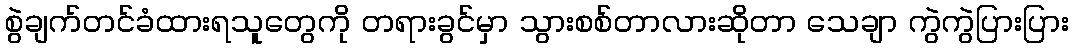
စွဲချက်တင်ခံထားရသူတွေကို တရားခွင်မှာ သွားစစ်တာလားဆိုတာ သေချာ ကွဲကွဲပြားပြား